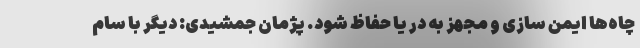
چاه‌ها ایمن سازی و مجهز به در یا حفاظ شود. پژمان جمشیدی: دیگر با سام